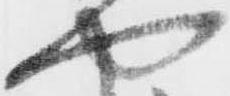
や